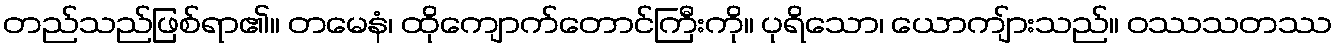
တည်သည်ဖြစ်ရာ၏။ တမေနံ၊ ထိုကျောက်တောင်ကြီးကို။ ပုရိသော၊ ယောကျ်ားသည်။ ဝဿသတဿ